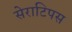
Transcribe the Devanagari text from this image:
सेराटिपस